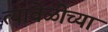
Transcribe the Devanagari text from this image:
त्यावेळीच्या